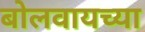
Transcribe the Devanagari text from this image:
बोलवायच्या